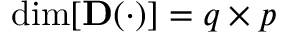
\dim [ \mathbf { D } ( \cdot ) ] = q \times p